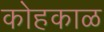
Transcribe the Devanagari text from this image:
कोहकाळ